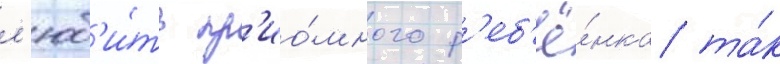
л'юб'и́ть пр'ио́много р'еб'ё́нка та́к